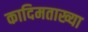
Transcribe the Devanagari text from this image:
कादिमताख्या